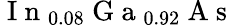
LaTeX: \mathrm{~I~n~}_{0.08}\mathrm{~G~a~}_{0.92}\mathrm{~A~s~}